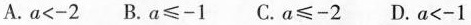
A.a<-2 B.a≤-1 C.a≤-2 D.a<-1